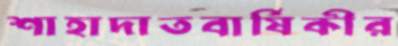
শাহাদাতবার্ষিকীর